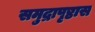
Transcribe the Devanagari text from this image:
समुद्रापृष्ठास